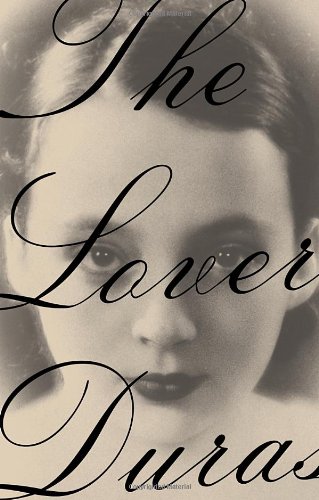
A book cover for The Lover; Marguerite Duras; Literature & Fiction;